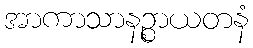
အာကာသာနဉ္စာယတနံ